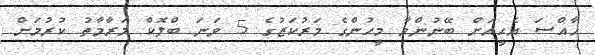
ޚާއްސަ އެހީއަށް ބޭނުންވާ މީހުންގެ މަރުކަޒުގެ 5 ވަނަ ބްލޮކް މަރާމާތު ކުރުމަށް